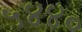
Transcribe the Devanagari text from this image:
५४४०